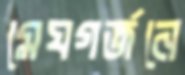
মেঘগর্জনে